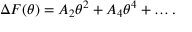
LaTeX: \Delta F ( \theta ) = A _ { 2 } \theta ^ { 2 } + A _ { 4 } \theta ^ { 4 } + \ldots .